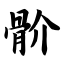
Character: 骱